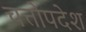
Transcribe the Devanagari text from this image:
चत्तोपदेश